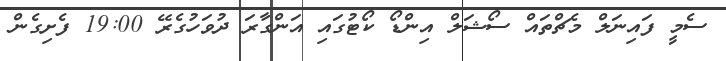
ސެމީ ފައިނަލް މެޗްތައް ސޯޝަލް އިންޑޯ ކޯޓުގައި އަންގާރަ ދުވަހުގެރޭ 19:00 ފެށިގެން